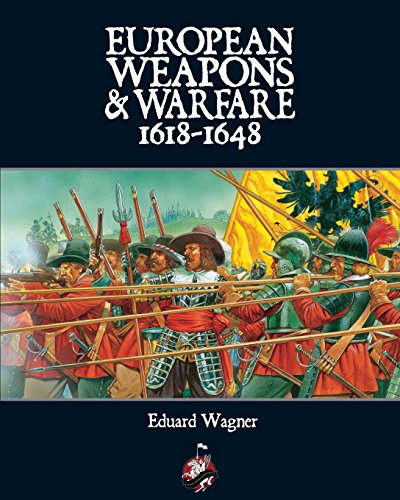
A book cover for European Weapons and Warfare 1618-1648; Eduard Wagner; History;